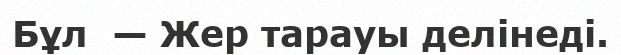
Бұл  — Жер тарауы делінеді.